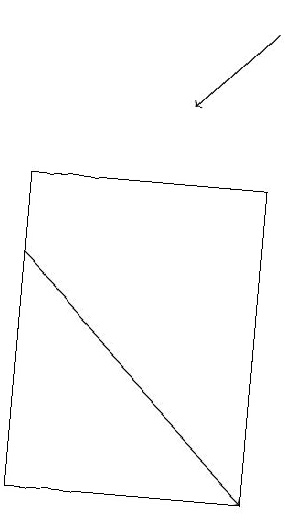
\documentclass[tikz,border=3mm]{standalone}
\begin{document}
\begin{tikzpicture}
\draw[->] (7,18) -- (6,17);
\draw[->] (4,15) -- (7,12);
\draw (7,12) rectangle (4,16);
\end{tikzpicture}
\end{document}